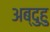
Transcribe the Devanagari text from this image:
अब्दुहु